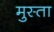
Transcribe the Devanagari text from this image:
मुस्ता